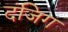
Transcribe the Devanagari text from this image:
दंजिग